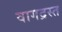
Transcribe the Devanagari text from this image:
वागद्रस्त